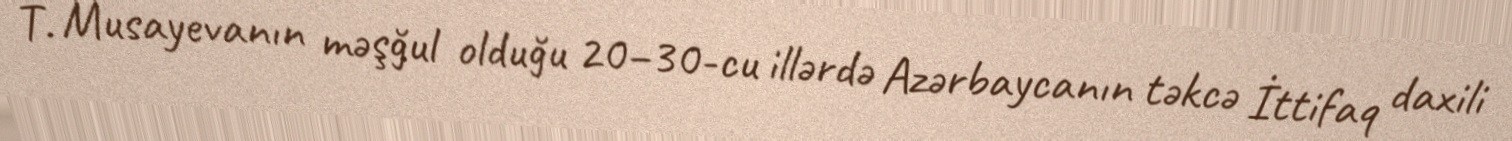
T. Musayevanın məşğul olduğu 20–30-cu illərdə Azərbaycanın təkcə İttifaq daxili